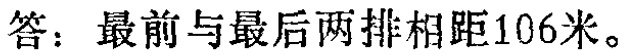
答：最前与最后两排相距106米。